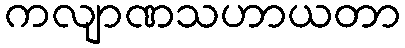
ကလျာဏသဟာယတာ